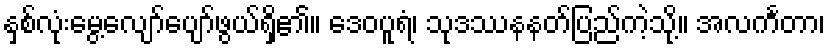
နှစ်လုံးမွေ့လျော်ပျော်ဖွယ်ရှိ၏။ ဒေဝပူရံ၊ သုဒဿနနတ်ပြည်ကဲ့သို့။ အလင်္ကတာ၊